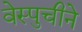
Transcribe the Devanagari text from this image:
वेस्पुचीने